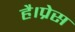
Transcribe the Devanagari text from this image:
है।प्रेस